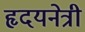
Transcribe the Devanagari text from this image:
हृदयनेत्री